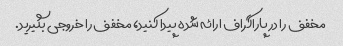
مخفف را در پاراگراف ارائه شده پیدا کنید، مخفف را خروجی بگیرید.